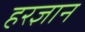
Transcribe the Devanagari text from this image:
हरज्ञान